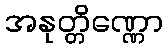
အနုတ္တိဏ္ဏော